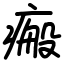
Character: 瘢